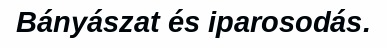
Bányászat és iparosodás.